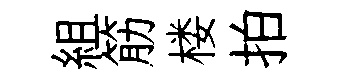
組筋楼拍